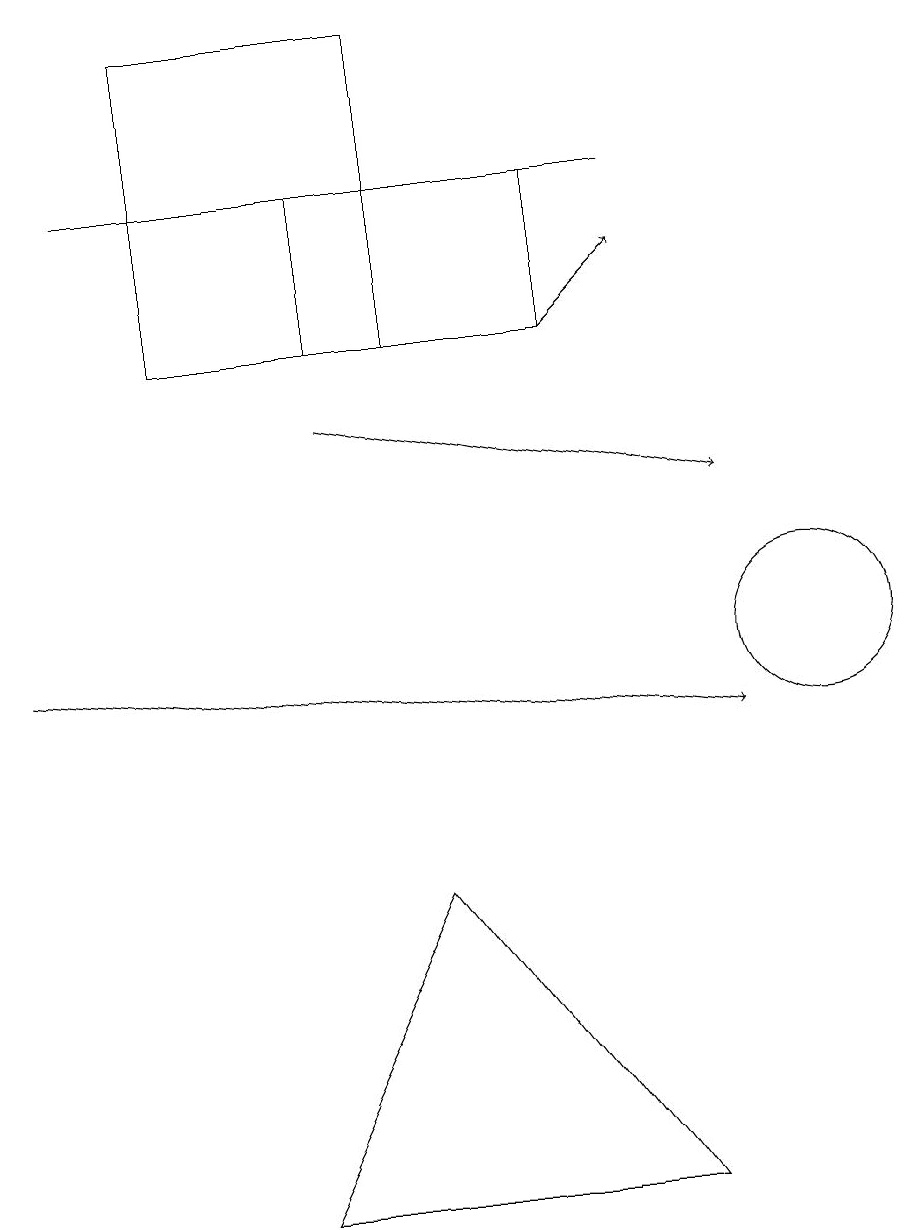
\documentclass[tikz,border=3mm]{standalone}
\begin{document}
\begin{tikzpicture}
\draw (8,4) -- (5,8) -- (3,4) -- cycle;
\draw[->] (0,11) -- (9,10);
\draw (8,17) rectangle (1,17);
\draw (10,11) circle (1);
\draw[->] (4,14) -- (9,13);
\draw (2,19) rectangle (5,15);
\draw (4,17) rectangle (7,15);
\draw[->] (7,15) -- (8,16);
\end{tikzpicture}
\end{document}